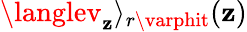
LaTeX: \langlev_{\mathbf{z}}\rangle_{r\varphit}(\mathbf{z})